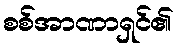
စစ်အာဏာရှင်၏